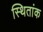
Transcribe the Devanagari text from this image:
स्थितांक